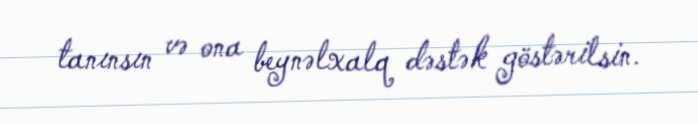
tanınsın və ona beynəlxalq dəstək göstərilsin.